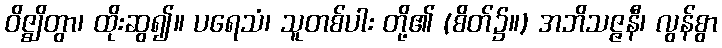
ဝိဇ္ဈိတွာ၊ ထိုးဆွ၍။ ပရေသံ၊ သူတစ်ပါး တို့၏ (စိတ်၌။) အဘိသဇ္ဇနီ၊ လွန်စွာ